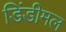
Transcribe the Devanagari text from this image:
डिंडीमल